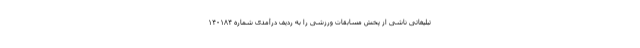
تبلیغاتی ناشی از پخش مسابقات ورزشی را به ردیف درآمدی شماره ۱۴۰۱۸۴